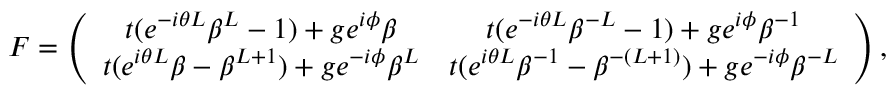
\begin{array} { r } { F = \left( \begin{array} { c c } { t ( e ^ { - i \theta L } \beta ^ { L } - 1 ) + g e ^ { i \phi } \beta } & { t ( e ^ { - i \theta L } \beta ^ { - L } - 1 ) + g e ^ { i \phi } \beta ^ { - 1 } } \\ { t ( e ^ { i \theta L } \beta - \beta ^ { L + 1 } ) + g e ^ { - i \phi } \beta ^ { L } } & { t ( e ^ { i \theta L } \beta ^ { - 1 } - \beta ^ { - ( L + 1 ) } ) + g e ^ { - i \phi } \beta ^ { - L } } \end{array} \right) , } \end{array}